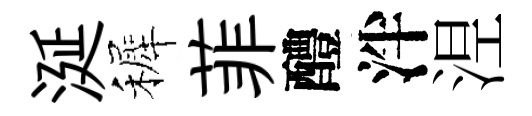
涎裤菲醴泮𣵀